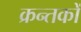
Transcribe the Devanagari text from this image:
क्रन्तकों